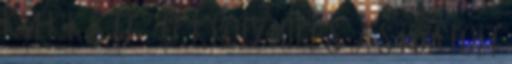
kövek között2 1 U. Károly Miklós: A sárga folt